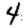
Digit: 4